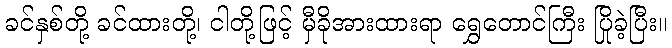
ခင်နှစ်တို့ ခင်ထားတို့၊ ငါတို့ဖြင့် မှီခိုအားထားရာ ရွှေတောင်ကြီး ပြိုခဲ့ပြီး။